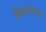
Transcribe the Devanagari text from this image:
विवस्वानाचा